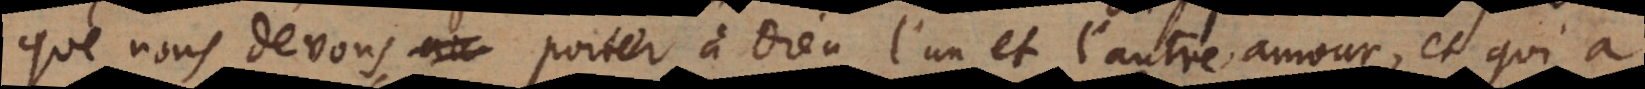
que nous devons porter à Dieu l’un et l’autre amour, et qui a